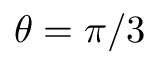
\theta = \pi / 3